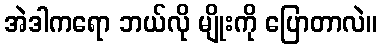
အဲဒါကရော ဘယ်လို မျိုးကို ပြောတာလဲ။